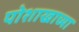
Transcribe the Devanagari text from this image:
पोशाखाच्या